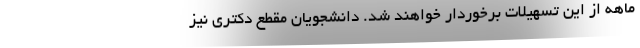
ماهه از این تسهیلات برخوردار خواهند شد. دانشجویان مقطع دکتری نیز